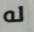
له